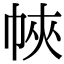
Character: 𢂿